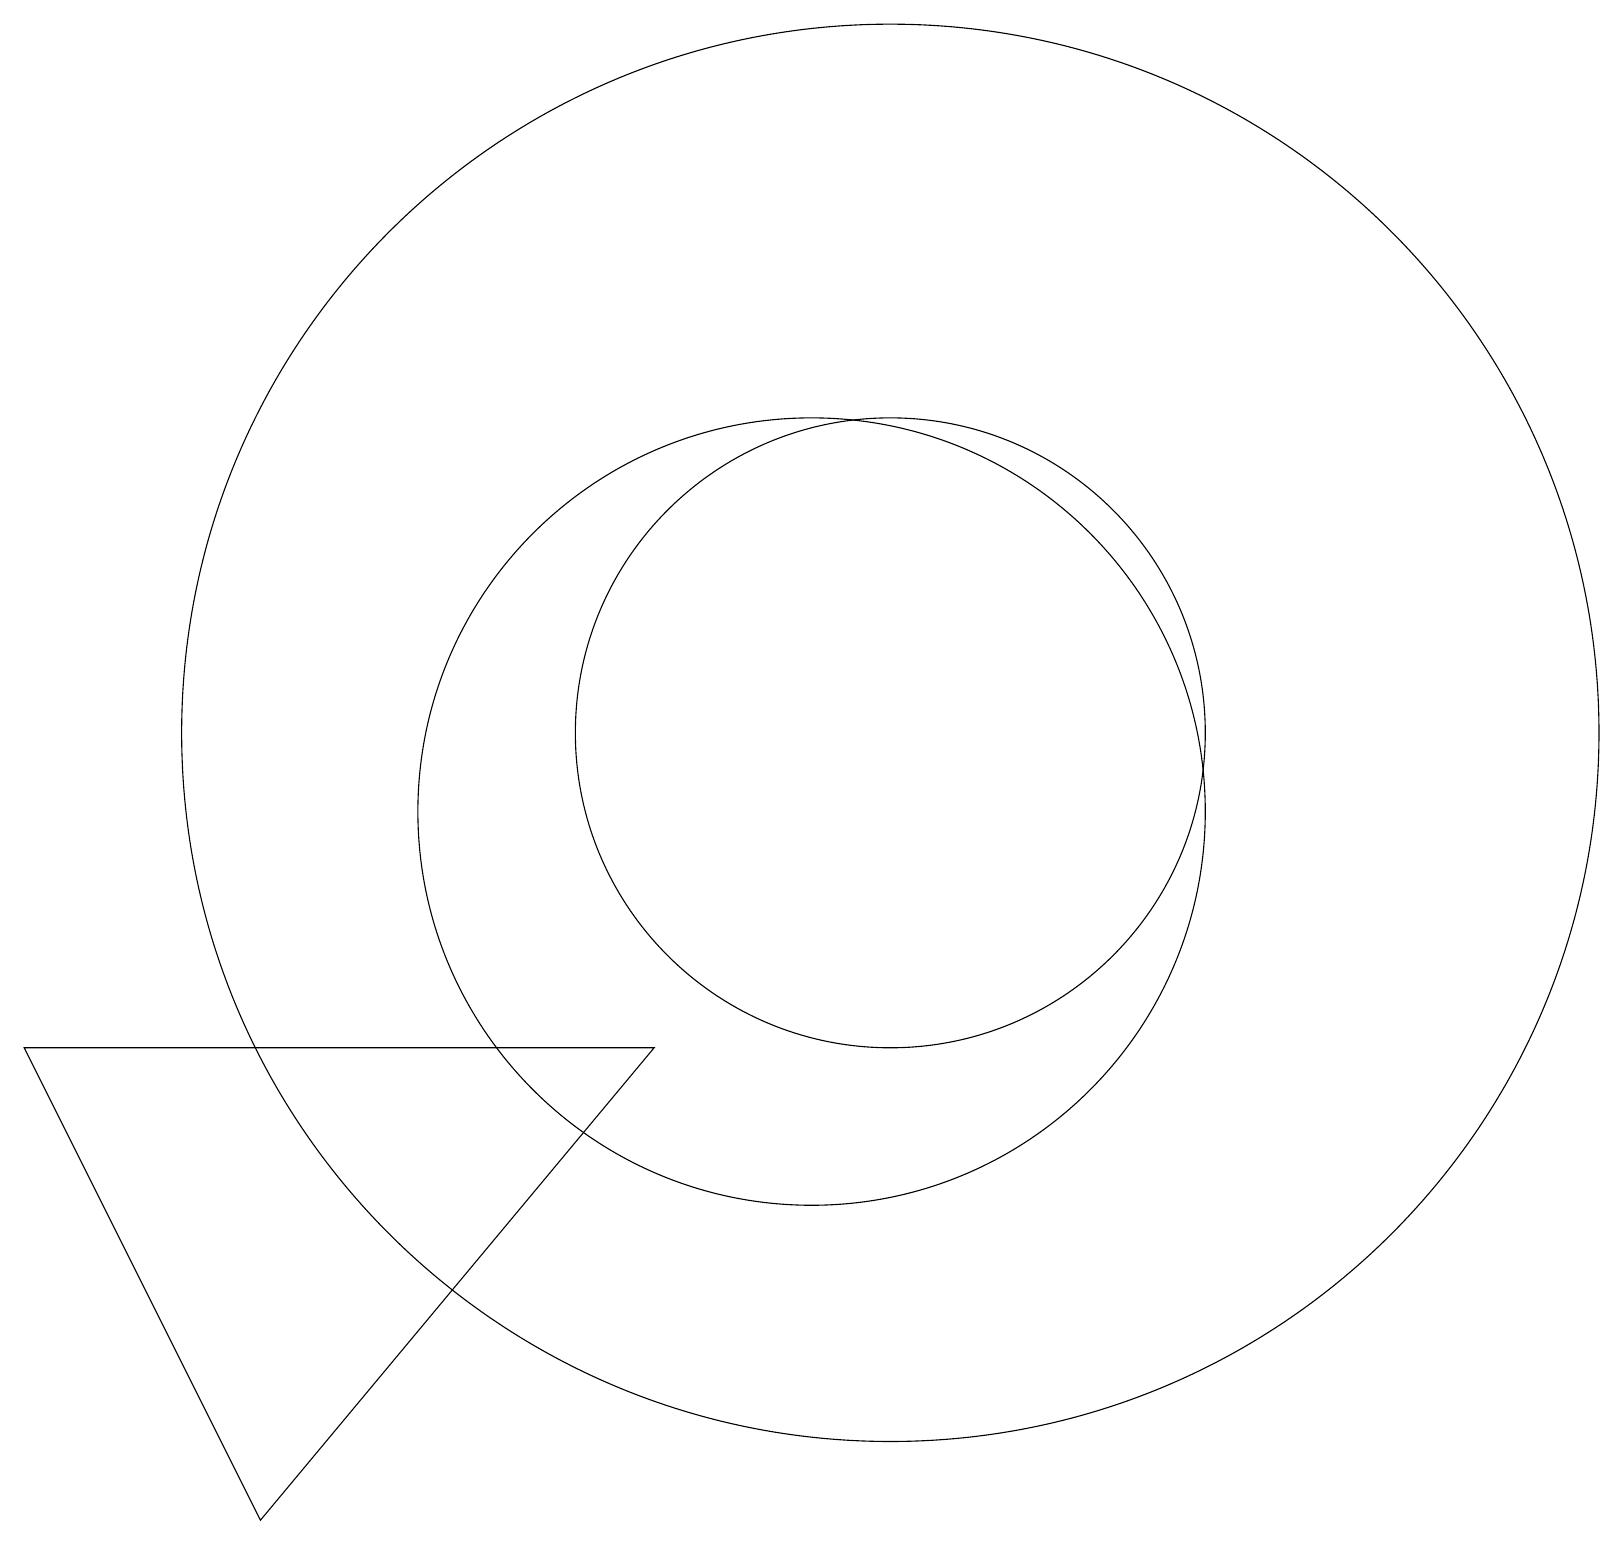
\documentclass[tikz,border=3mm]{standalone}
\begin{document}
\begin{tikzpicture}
\draw (11,12) circle (4);
\draw (10,11) circle (5);
\draw (3,2) -- (0,8) -- (8,8) -- cycle;
\draw (11,12) circle (9);
\draw (11,10) circle (0);
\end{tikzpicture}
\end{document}